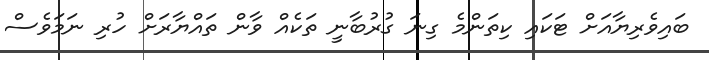
ބައިވެރިޔާއަށް ޓަކައި ކިތަންމެ ގިނަ ގުރުބާނީ ތަކެއް ވާން ތައްޔާރަށް ހުރި ނަމަވެސް